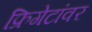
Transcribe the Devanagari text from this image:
फ्रिगेटांवर